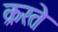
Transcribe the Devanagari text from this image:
क्ररते